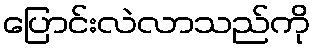
ပြောင်းလဲလာသည်ကို